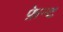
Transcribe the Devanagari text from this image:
फ़ेन्ट